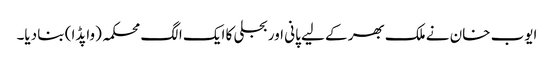
ایوب خان نے ملک بھر کے لیے پانی اور بجلی کا ایک الگ محکمہ (واپڈا) بنا دیا۔